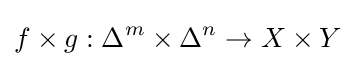
f\times g:\Delta ^{m}\times \Delta ^{n}\to X\times Y